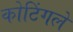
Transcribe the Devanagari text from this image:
कोटिंगले